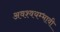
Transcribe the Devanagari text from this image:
अवश्वयम्भावी